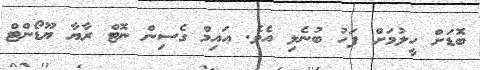
ބޮޑަށް ހީލުމަށް ފަހު ބުނެލި އެވެ. އައިމް ގެސިން ނޮޓް ރާޔާ ޔޫޑޯންޓް